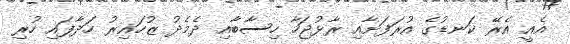
އެއީ އެރޭ ކަނޑުގެ އުރަފަށާއި ރާޅުޖަހާ ހިސާބާއި ދެމެދު ޒުހައިރު ހަދާފައި ހުރި